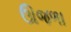
ઊજળા